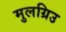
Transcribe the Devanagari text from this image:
मुलग्रिउ